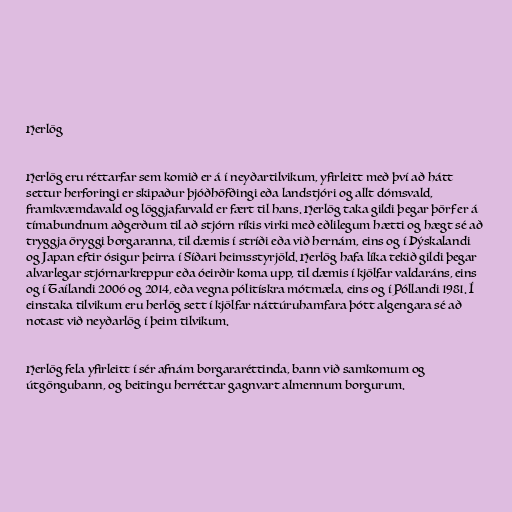
Herlög

Herlög eru réttarfar sem komið er á í neyðartilvikum, yfirleitt með því að hátt
settur herforingi er skipaður þjóðhöfðingi eða landstjóri og allt dómsvald,
framkvæmdavald og löggjafarvald er fært til hans. Herlög taka gildi þegar þörf er á
tímabundnum aðgerðum til að stjórn ríkis virki með eðlilegum hætti og hægt sé að
tryggja öryggi borgaranna, til dæmis í stríði eða við hernám, eins og í Þýskalandi
og Japan eftir ósigur þeirra í Síðari heimsstyrjöld. Herlög hafa líka tekið gildi þegar
alvarlegar stjórnarkreppur eða óeirðir koma upp, til dæmis í kjölfar valdaráns, eins
og í Taílandi 2006 og 2014, eða vegna pólitískra mótmæla, eins og í Póllandi 1981. Í
einstaka tilvikum eru herlög sett í kjölfar náttúruhamfara þótt algengara sé að
notast við neyðarlög í þeim tilvikum.

Herlög fela yfirleitt í sér afnám borgararéttinda, bann við samkomum og
útgöngubann, og beitingu herréttar gagnvart almennum borgurum.